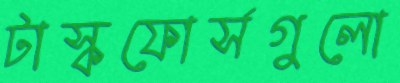
টাস্কফোর্সগুলো